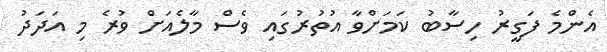
އެންމެ ފަގީރު ހިސާބު ކަމަށްވާ އުތުރުގައި ވެސް މާލެއަށް ވުރެ މި އަދަދު